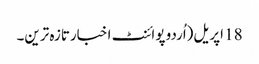
18 اپریل(اُردو پوائنٹ اخبارتازہ ترین۔